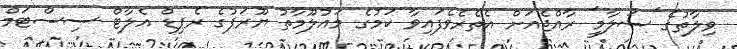
ވިލާތުގެ 'ސަލާމީ' ރާއްޖެއަށް އެތެރެވެފައިވާ ކަމުގެ މައުލޫމާތު ޔޫރަޕުގެ ރެޕިޑް އެލާޓް ސިސްޓަމް